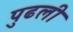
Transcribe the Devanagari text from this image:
पुढली